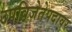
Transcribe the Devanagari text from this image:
उपविजेतेपदावर